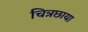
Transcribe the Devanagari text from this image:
चित्रछाया